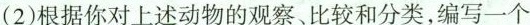
(2)根据你对上述动物的观察、比较和分类，编写一个